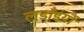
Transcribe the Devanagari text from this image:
लडाँईयौं